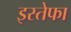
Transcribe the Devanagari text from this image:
इस्तेफा